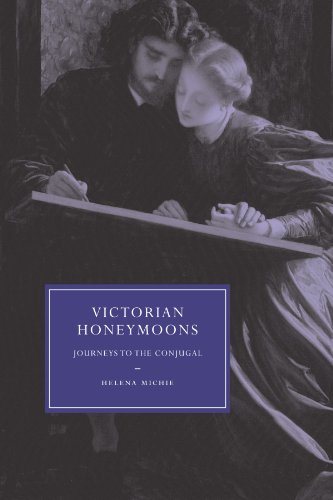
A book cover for Victorian Honeymoons: Journeys to the Conjugal (Cambridge Studies in Nineteenth-Century Literature and Culture); Helena Michie; Crafts, Hobbies & Home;